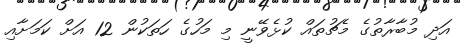
އަދި މުބާރާތުގެ މެޗުތައް ކުޅެވޭނީ މި މަހުގެ ހަތަކުން 12 އަށް ކަމަށާއި